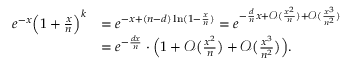
\begin{array} { r l } { e ^ { - x } \Big ( 1 + \frac { x } { n } \Big ) ^ { k } } & { = e ^ { - x + ( n - d ) \ln ( 1 - \frac { x } { n } ) } = e ^ { - \frac { d } { n } x + \mathcal { O } ( \frac { x ^ { 2 } } { n } ) + \mathcal { O } ( \frac { x ^ { 3 } } { n ^ { 2 } } ) } } \\ & { = e ^ { - \frac { d x } { n } } \cdot \Big ( 1 + \mathcal { O } \big ( { \textstyle { \frac { x ^ { 2 } } { n } } } \big ) + \mathcal { O } \big ( { \textstyle { \frac { x ^ { 3 } } { n ^ { 2 } } } } \big ) \Big ) . } \end{array}